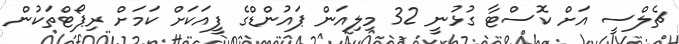
ޗެލްސީ އަށް ކޮސްޓާ ގުޅުނީ 32 މިލިއަން ޕައުންޑްގެ ފީއަކަށް ކަމަށް ރިޕޯޓްތަކުން